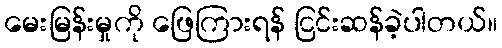
မေးမြန်းမှုကို ဖြေကြားရန် ငြင်းဆန်ခဲ့ပါတယ်။